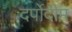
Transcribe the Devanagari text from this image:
दर्पोदीप्त